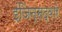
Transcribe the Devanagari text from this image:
इंजिन्सद्वारे